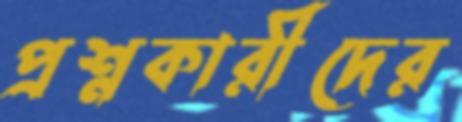
প্রশ্নকারীদের